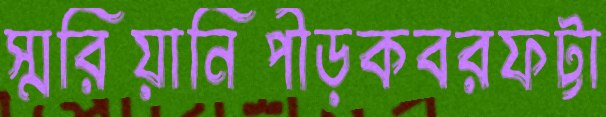
স্মরিয়ানিপীড়কবরফট্টা